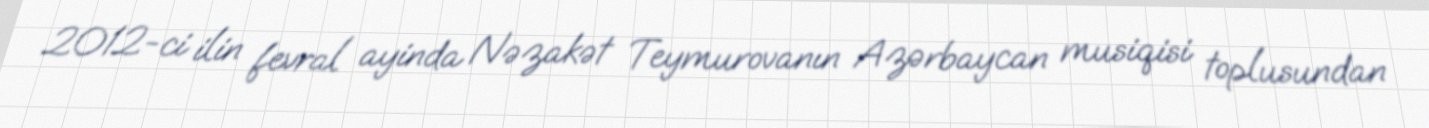
2012-ci ilin fevral ayinda Nəzakət Teymurovanın Azərbaycan musiqisi toplusundan